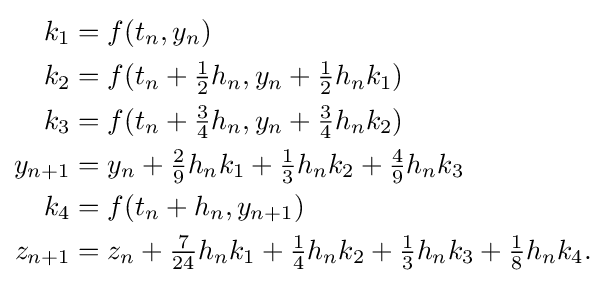
{\begin{aligned}k_{1}&=f(t_{n},y_{n})\\k_{2}&=f(t_{n}+{\tfrac {1}{2}}h_{n},y_{n}+{\tfrac {1}{2}}h_{n}k_{1})\\k_{3}&=f(t_{n}+{\tfrac {3}{4}}h_{n},y_{n}+{\tfrac {3}{4}}h_{n}k_{2})\\y_{n+1}&=y_{n}+{\tfrac {2}{9}}h_{n}k_{1}+{\tfrac {1}{3}}h_{n}k_{2}+{\tfrac {4}{9}}h_{n}k_{3}\\k_{4}&=f(t_{n}+h_{n},y_{n+1})\\z_{n+1}&=z_{n}+{\tfrac {7}{24}}h_{n}k_{1}+{\tfrac {1}{4}}h_{n}k_{2}+{\tfrac {1}{3}}h_{n}k_{3}+{\tfrac {1}{8}}h_{n}k_{4}.\end{aligned}}